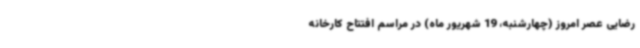
رضایی عصر امروز (چهارشنبه، 19 شهریور ماه) در مراسم افتتاح کارخانه